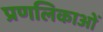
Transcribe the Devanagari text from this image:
प्रणलिकाओं